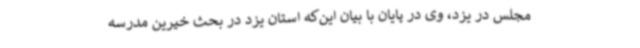
مجلس در یزد، وی در پایان با بیان این‌که استان یزد در بحث خیرین مدرسه